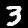
Digit: 3